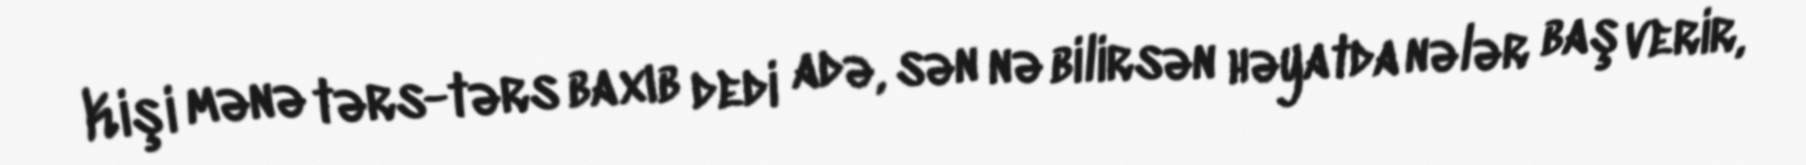
Kişi mənə tərs-tərs baxıb dedi adə, sən nə bilirsən həyatda nələr baş verir,